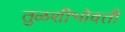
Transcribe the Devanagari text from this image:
तुळशीभोवती